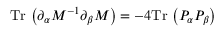
\mathrm { T r } \, \left( \partial _ { \alpha } M ^ { - 1 } \partial _ { \beta } M \right) = - 4 \mathrm { T r } \, \left( P _ { \alpha } P _ { \beta } \right)